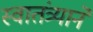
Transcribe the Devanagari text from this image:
स्वातंत्र्याने